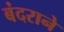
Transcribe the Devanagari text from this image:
बंदराने